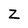
Character: Z